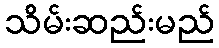
သိမ်းဆည်းမည်